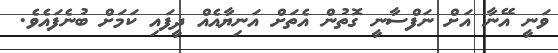
ވަނީ އޭނާ އަށް ނަފްސާނީ ގޮތުން އެތަށް އަނިޔާއެއް ދީފައި ކަމަށް ބުނެފައެވެ.